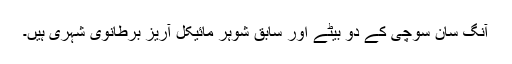
آنگ سان سوچی کے دو بیٹے اور سابق شوہر مائیکل آریز برطانوی شہری ہیں۔